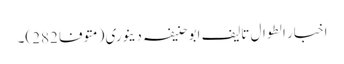
اخبار الطوال تالیف ابو حنیفہ دینوری (متوفا 282)۔